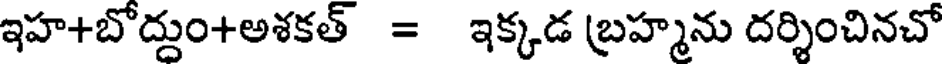
ఇహ+బోద్దుం+అశకత్ = ఇక్కడ బ్రహ్మను దర్శించినచో